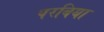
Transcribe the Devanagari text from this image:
परबिया